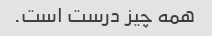
همه چیز درست است.